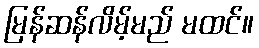
မြန်ဆန်လိမ့်မည် မထင်။